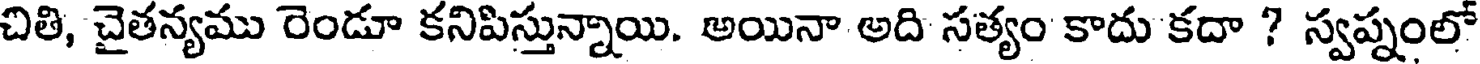
చితి, చైతన్యము రెండూ కనిపిస్తున్నాయి. అయినా అది సత్యం కాదు కదా ? స్వప్నంలో